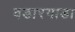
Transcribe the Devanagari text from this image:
वडारगाडा